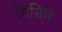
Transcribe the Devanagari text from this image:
मिसिरि